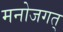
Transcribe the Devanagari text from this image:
मनोजगत्